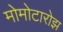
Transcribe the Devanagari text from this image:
मोमोटारोझ